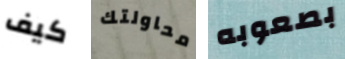
كيف محاولتك بصعوبه